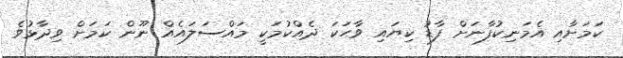
ކަމަށާއި އެމަނިކުފާނަށް ފާޑު ކިޔައި ވާހަކަ ދެއްކުމަކީ މައްސަލައެއް ނޫން ކަމަށް ވިދާޅުވެ